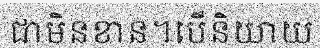
ជាមិនខាន។បើនិយាយ